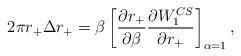
LaTeX: \begin{align*}2\pi r_+\Delta r_+=\beta\left[ {\partial {r_+}\over\partial \beta}{\partial{W_1^{CS}}\over \partial r_+}\right]_{\alpha=1},\end{align*}